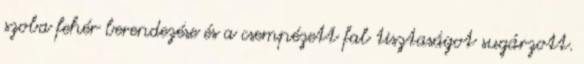
szoba fehér berendezése és a csempézett fal tisztaságot sugárzott.